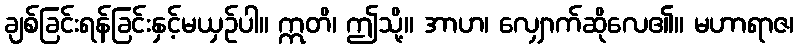
ချစ်ခြင်းရန်ခြင်းနှင့်မယှဉ်ပါ။ ဣတိ၊ ဤသို့။ အာဟ၊ လျှောက်ဆိုလေ၏။ မဟာရာဇ၊